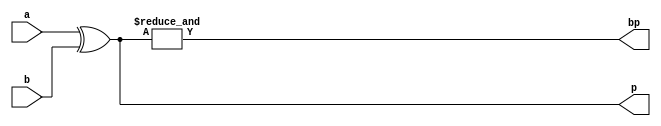
`timescale 1ns / 1ps

module generate_p(a,b,p,bp);
input [3:0] a,b;
output [3:0] p;
output bp;
assign p= a^b;//get all propagate bits
assign bp= &p;// and p0p1p2p3 bits
endmodule